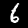
Digit: 6